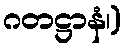
ဂတဋ္ဌာနံ၊)